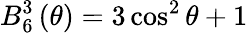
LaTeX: B_{6}^{3}\left(\theta\right)=3\cos^{2}\theta+1